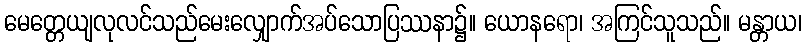
မေတ္တေယျလုလင်သည်မေးလျှောက်အပ်သောပြဿနာ၌။ ယောနရော၊ အကြင်သူသည်။ မန္တာယ၊